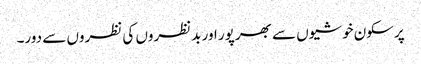
پرسکون خوشیوں سے بھرپور اور بدنظروں کی نظروں سے دور۔